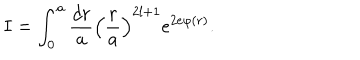
LaTeX: I = \int _ { 0 } ^ { a } \frac { d r } { a } \left( \frac { r } { a } \right) ^ { 2 l + 1 } e ^ { 2 e \varphi ( r ) } .